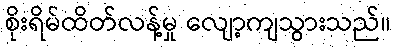
စိုးရိမ်ထိတ်လန့်မှု လျော့ကျသွားသည်။